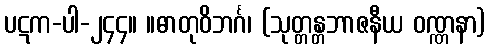
ပဋက-ပါ-၂၄၄။ ။ဓာတုဝိဘင်္ဂ၊ (သုတ္တန္တဘာဇနီယ ဝဏ္ဏနာ)